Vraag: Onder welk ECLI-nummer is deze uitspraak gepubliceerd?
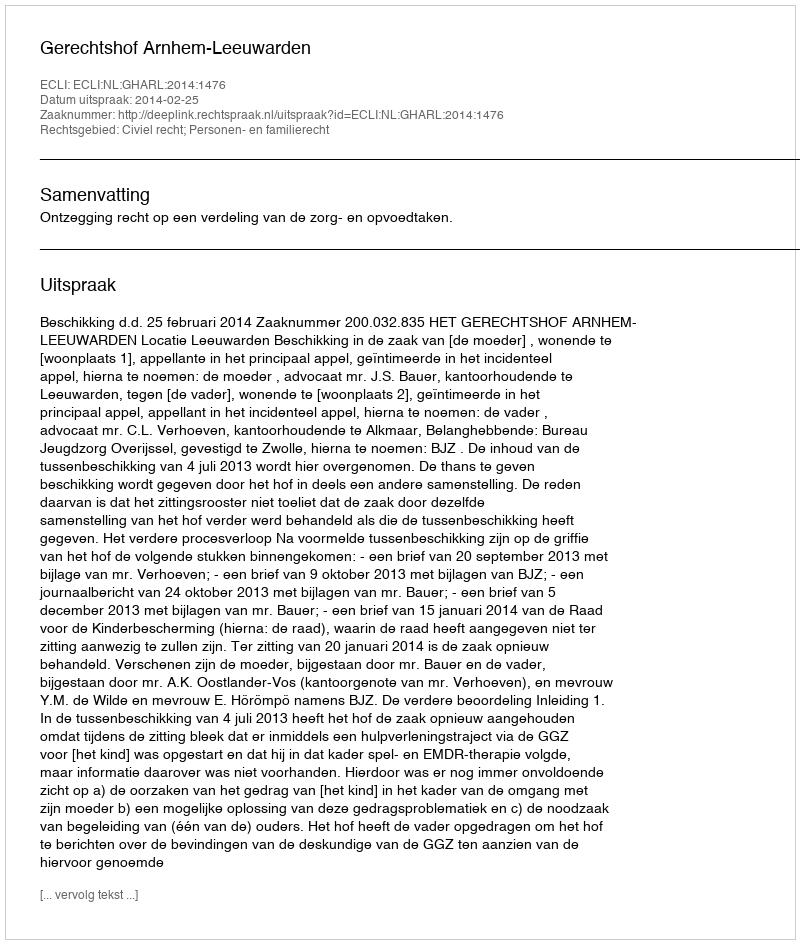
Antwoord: ECLI:NL:GHARL:2014:1476